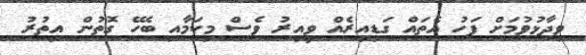
ވިދާޅުވުމަށް ފަހު އެތައް ގަޑިއިރެއް ވީއިރު ވެސް މިކަމާއި ބެހޭ ގޮތުން އިތުރު